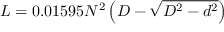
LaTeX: L = 0 . 0 1 5 9 5 N ^ { 2 } \left( D - { \sqrt { D ^ { 2 } - d ^ { 2 } } } \right)